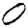
Digit: 0